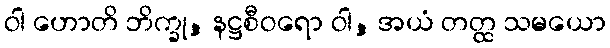
ဝါ ဟောတိ ဘိက္ခု, နဋ္ဌစီဝရော ဝါ, အယံ တတ္ထ သမယော